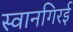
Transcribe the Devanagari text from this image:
स्वानगिरई